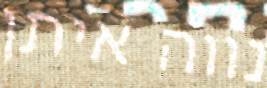
נווה איתן